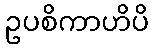
ဥပစိကာဟိပိ